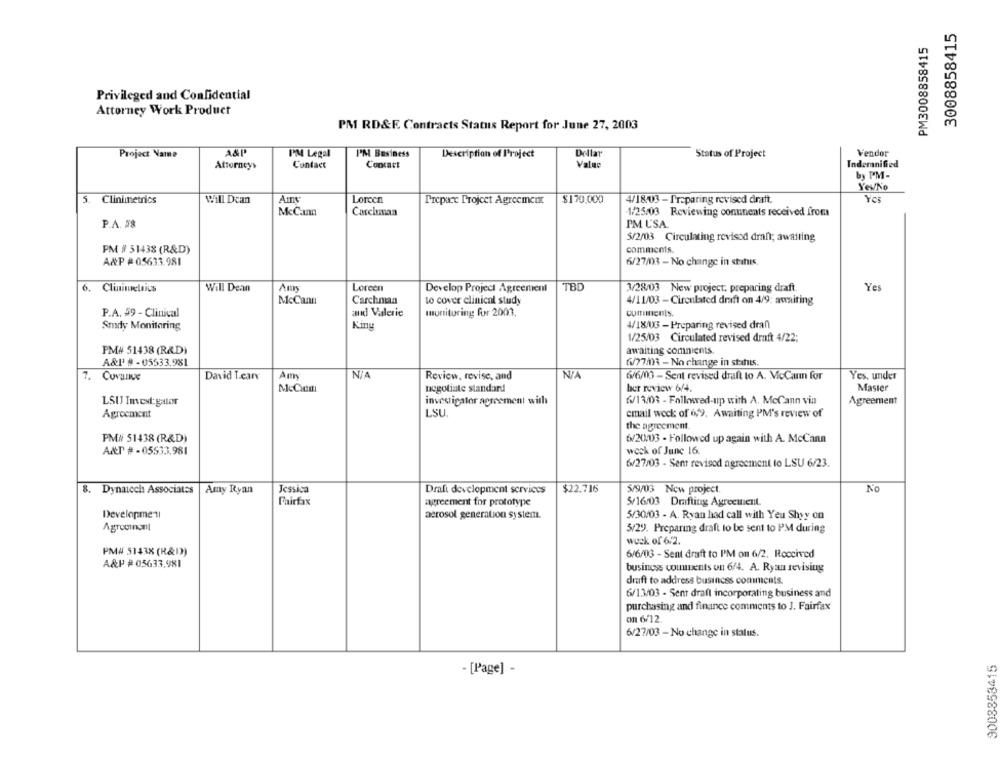
3008858415
PM3008858415
Privileged and Confidential
Attorney Work Product
PM RD&F. Contracts Status Report for June 27, 2003
PM Legal
Dellar
Vendor
Project Name
PM Business
Description of Project
Status of Project
Attorneys
Contact
Concart
Value
Indemnified
by PM-
YevNo
5. Clinimetrics
Amy
Loreen
$170.000
Yes
Will Dcan
Prepare Project Agreement
4/18/03 - Preparing revised draft.
McCann
Carchman
1/25/03 Reviewing conunents received from
P.A. 28
PM USA.
5/2/03 Circulating revisod dran; awaiting
PM # 31438 (R&D)
comments.
A&P #05633.981
6/27/03 - No change in stihuis.
6. Clininelsius
Will Dean
Loreen
Develop Project Agreement
TBD
3/28/03 New project, preparing draft.
Yes
McCann
Carchman
to cover clinical study
4/11/03 - Circulated draft on 4/9: awaiting
P.A. 59 - Clinical
and Valerie
monitoring for 2003.
comments.
Study Monitoring
Kiny
4/18/03 - Preparing revised dran
1/25/03 Circulated revised draft 4/22;
PM# 51438 (R&D)
awaiting comnients.
A&l' # -05533.981
6/77/33 - No change in sthis.
NIA
NIA
7. Covanve
David Lean
Review, revise, and
6/6/03 - Sent revised draft to A. McCann for
Yes. under
negotiate standard
ber review 6/4.
Master
LSU Invest: gator
investigator agreement with
6/13/03 - Followed-up with A. McCann via
Agreement
LSU
Agreement
email wock: of 6:9. Awaiting PM's review of
the agreement.
PM/ 51438 (R&D)
6/20/03 - Followed up again with A. McCann
weck of June 16.
A&T # -05533.981
6/27/03 - Sent revised agreement to LSU 6/23.
Jessica
$22.716
No
8. Dynatech Associates |Amy Ryan
Draft development services
5/9/03 New project.
Fairfax
agreement for prototype
5/16/03 Drafting Agreement.
Development
aerosol generation system.
5/30/03 - A. Ryan had call with Yeu Shyy on
Agrodinant
5/29. Preparing draft to be sent to PM during
wock of 6/2.
PM# 51438 (R&D)
6/6/03 - Sent draft to PM on 6/2. Roccived
A&P #05633,981
business couvents on 6/4. A. Ryan revising
draft to address business comments.
6/13/03 - Sent draft incorporating business and
purchasing and finance comments to J. Fairfax
on 6/12
6/27/03 - No change in status.
9008853415
- [Page] -